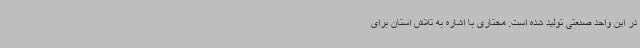
در این واحد صنعتی تولید شده است. مختاری با اشاره به تلاش استان برای